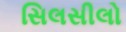
સિલસીલો